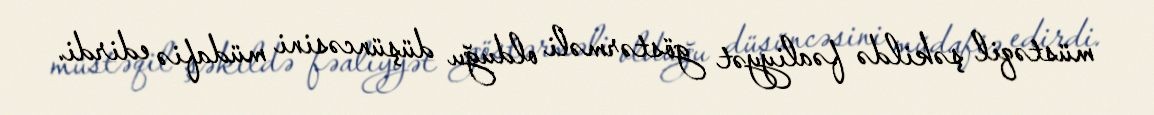
müstəqil şəkildə fəaliyyət göstərməli olduğu düşüncəsini müdafiə edirdi.